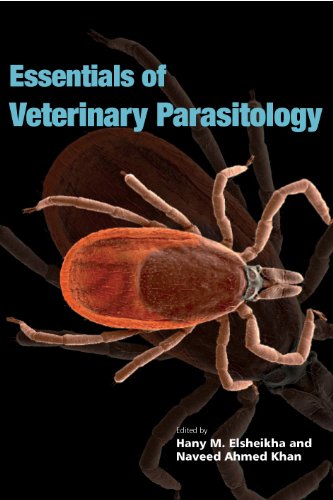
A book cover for Essentials of Veterinary Parasitology; Medical Books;